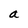
Character: a